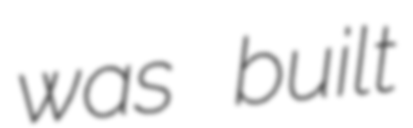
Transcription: was built